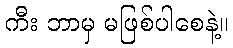
ကီး ဘာမှ မဖြစ်ပါစေနဲ့။